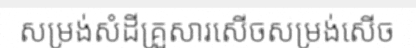
សម្រង់សំដីគ្រួសារសើចសម្រង់សើច